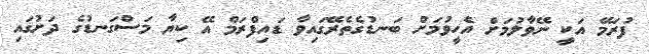
ފުރަމޭ އަކީ ނޭވާލުމަށް އެހީވުމަށް ބަނޑުގެތެރޭގައިވާ ޑައިފްރަމް އޭ ކިޔާ މަސްގަނޑުގެ ދަށުގައި